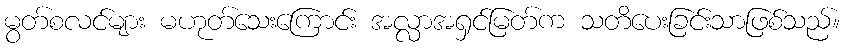
မွတ်စလင်များ မဟုတ်သေးကြောင်း အလ္လာအရှင်မြတ်က သတိပေးခြင်းသာဖြစ်သည်။